Scottish Leaving Certificate Examination, 1955
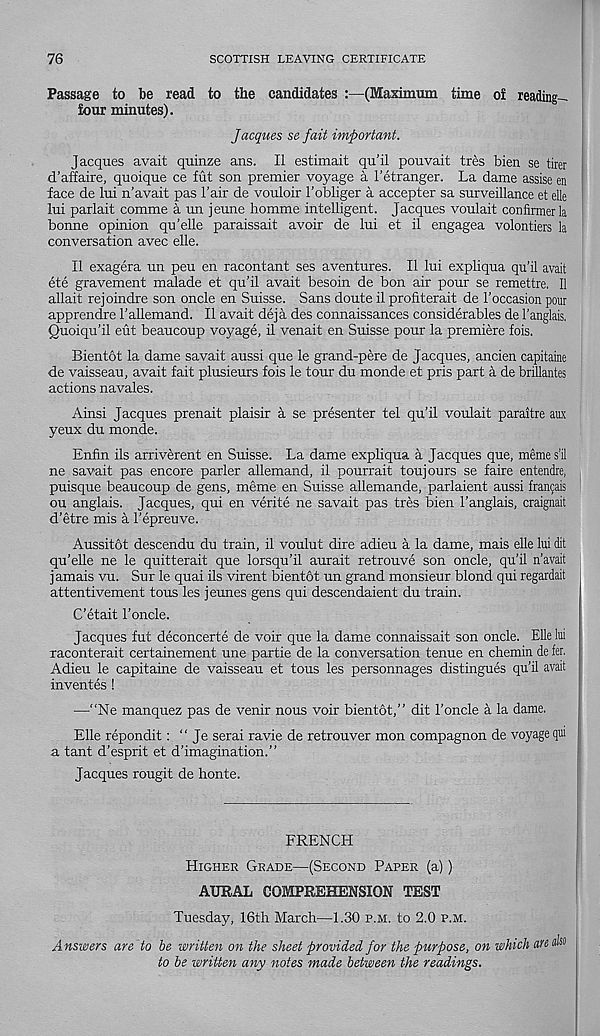
76
SCOTTISH LEAVING CERTIFICATE
Passage to be read to the candidates :—(Maximum time oi reading-
tour minutes).
Jacques se fait important.
Jacques avait quinze ans. II estimait qu’il pouvait tres bien se tirer
d’affaire, quoique ce fut son premier voyage a I’etranger. La dame assise en
face de lui n’avait pas Tair de vouloir 1’obliger a accepter sa surveillance et elle
lui parlait comme a un jeune homme intelligent. Jacques voulait confirmer la
bonne opinion qu’elle paraissait avoir de lui et il engagea volontiers la
conversation avec elle.
II exagera un peu en racontant ses aventures. II lui expliqua qu’il avait
ete gravement malade et qu’il avait besoin de bon air pour se remettre, II
allait rejoindre son oncle en Suisse. Sans doute il profiterait de 1’occasion pour
apprendre I’allemand. Il avait deja des connaissances considerables de I’anglais,
Quoiqu’il eut beaucoup voyage, il venait en Suisse pour la premiere fois,
Bientbt la dame savait aussi que le grand-pere de Jacques, ancien capitaine
de vaisseau, avait fait plusieurs fois le tour du monde et pris part a de brillantes
actions navales.
Ainsi Jacques prenait plaisir a se presenter tel qu’il voulait paraitre aux
yeux du monde.
Enfin ils arriverent en Suisse. La dame expliqua a Jacques que, meme s’il
ne savait pas encore parler allemand, il pourrait toujours se faire entendre,
puisque beaucoup de gens, meme en Suisse allemande, parlaient aussi francais
ou anglais. Jacques, qui en verite ne savait pas tres bien 1’anglais, craignait
d’etre mis a 1’epreuve.
Aussitot descendu du train, il voulut dire adieu a la dame, mais elle lui dit
qu’elle ne le quitterait que lorsqu’il aurait retrouve son oncle, qu’il n’avait
jamais vu. Sur le quai ils virent bientdt un grand monsieur blond qui regardait
attentivement tous les jeunes gens qui descendaient du train.
C’etait I’oncle.
Jacques fut deconcerte de voir que la dame connaissait son oncle. Elle lui
xaconterait certainement une partie de la conversation tenue en chemin de fer.
Adieu le capitaine de vaisseau et tous les personnages distingues qu’il avait
inventes !
—"Ne manquez pas de venir nous voir bientot,” dit 1’oncle a la dame.
Elle repondit: “ Je serai ravie de retrouver mon compagnon de voyage qm
a tant d’esprit et d’imagination.”
Jacques rougit de honte.
FRENCH
Higher Grade—(Second Paper (a))
AURAL COMPREHENSION TEST
Tuesday, 16th March—1.30 p.m. to 2.0 p.m.
Answers are to be written on the sheet provided for the purpose, on which an
to be written any notes made between the readings.